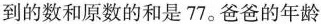
到的数和原数的和是77。爸爸的年龄